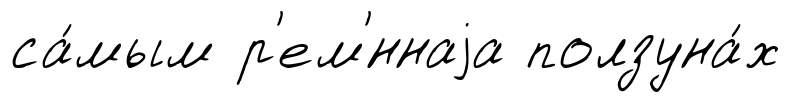
са́мым р'ем'́ннаjа ползуна́х